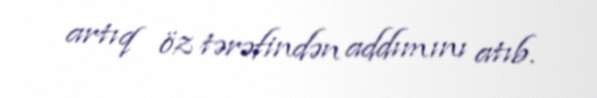
artıq öz tərəfindən addımını atıb.